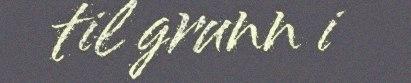
til grunn i